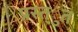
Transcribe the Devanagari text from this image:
प्रस्त्ुत